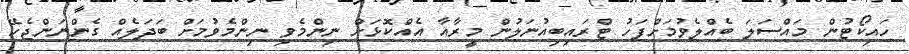
ހައިކޯޓުން މައްސަލަ ބެއްލެވުމަށްފަހު ޓްރައިބިއުނަލުން މީރާއާ އެއްކޮޅަށް ނިންމެވި ނިންމެވުމަށް ބަދަލެއް ގެންނަންޖެހޭ